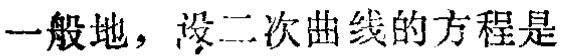
一般地，设二次曲线的方程是